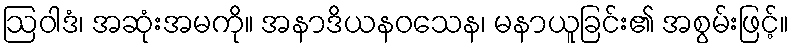
ဩဝါဒံ၊ အဆုံးအမကို။ အနာဒိယနဝသေန၊ မနာယူခြင်း၏ အစွမ်းဖြင့်။